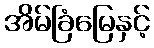
အိမ်ခြံမြေနှင့်